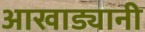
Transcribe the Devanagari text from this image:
आखाड्यानी